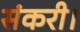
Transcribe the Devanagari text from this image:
संकरी।